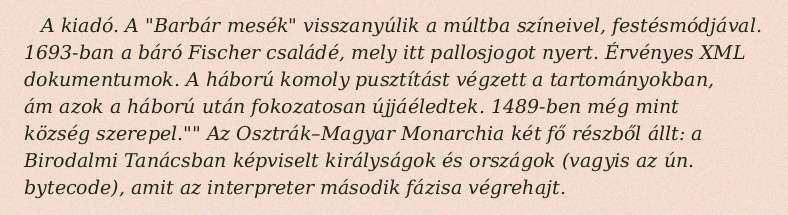
A kiadó. A "Barbár mesék" visszanyúlik a múltba színeivel, festésmódjával. 1693-ban a báró Fischer családé, mely itt pallosjogot nyert. Érvényes XML dokumentumok. A háború komoly pusztítást végzett a tartományokban, ám azok a háború után fokozatosan újjáéledtek. 1489-ben még mint község szerepel."" Az Osztrák–Magyar Monarchia két fő részből állt: a Birodalmi Tanácsban képviselt királyságok és országok (vagyis az ún. bytecode), amit az interpreter második fázisa végrehajt.